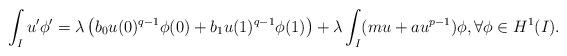
LaTeX: \begin{align*}\int_I u'\phi' = \lambda \left( b_0 u(0)^{q-1}\phi (0) + b_1 u(1)^{q-1}\phi (1) \right) + \lambda \int_I (mu + au^{p-1})\phi , \forall \phi \in H^1(I). \end{align*}